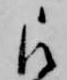
被